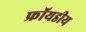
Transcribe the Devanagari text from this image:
फ्रॉयडीय